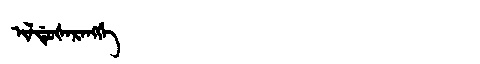
Manchu: ᡳᠯᡩᡠᡧᠠᡵᠠᠩᡤᡝ
Romanization: ILDUŠARANGGE